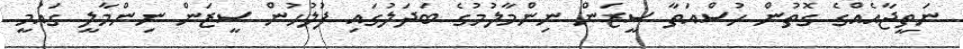
ނަތީޖާއެއްގެ ގޮތުން ހުސްއަތާ ސީޒަން ނިންމާލުމުގެ ބަދަލުގައި ފުލުހުން ސީޒަން ނިންމާލީ ގައުމީ